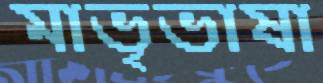
মাভৃভাষা